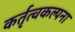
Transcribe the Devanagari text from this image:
कर्तृत्वकल्पना